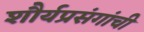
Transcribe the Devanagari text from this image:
शौर्यप्रसंगांची